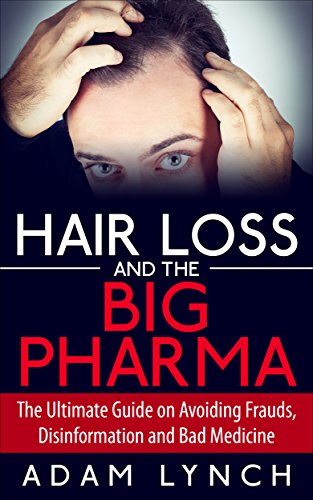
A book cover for Hair Loss and the Big Pharma - The Ultimate Guide on Avoiding Frauds, Disinformation and Bad Medicine (Hair Loss Cure, Hair Loss Nutrition, Hair Loss Solutions, Hair Loss Alopecia, Alopecia Areata); Adam Lynch; Health, Fitness & Dieting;